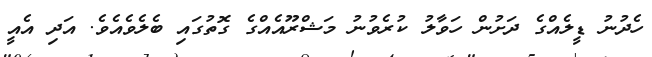
ހެދުނު ޑީލެއްގެ ދަށުން ހަވާލު ކުރެވުނު މަޝްރޫއެއްގެ ގޮތުގައި ބެލެވެއެވެ. އަދި އެއީ